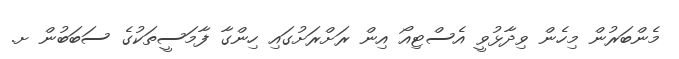
މެންބަރުން މިހެން ވިދާޅުވީ އެސްޓިއޯ އިން ރަށްރަށުގައި ހިންގާ ފާމަސީތަކުގެ ސަބަބުން ށ.